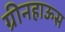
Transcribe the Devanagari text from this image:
ग्रीनहाऊस